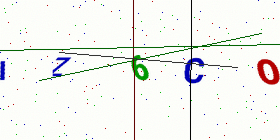
Text: IZ6CO